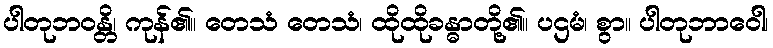
ပါတုဘဝန္တိ၊ ကုန်၏။ တေသံ တေသံ၊ ထိုထိုခန္ဓာတို့၏။ ပဌမံ၊ စွာ။ ပါတုဘာဝေါ၊